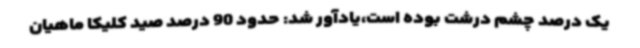
یک درصد چشم‌ درشت بوده است،یادآور شد: حدود 90 درصد صید کلیکا ماهیان